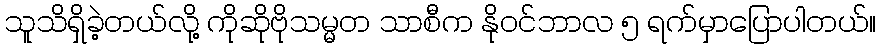
သူသိရှိခဲ့တယ်လို့ ကိုဆိုဗိုသမ္မတ သာစီက နိုဝင်ဘာလ ၅ ရက်မှာပြောပါတယ်။